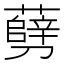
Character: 㔑